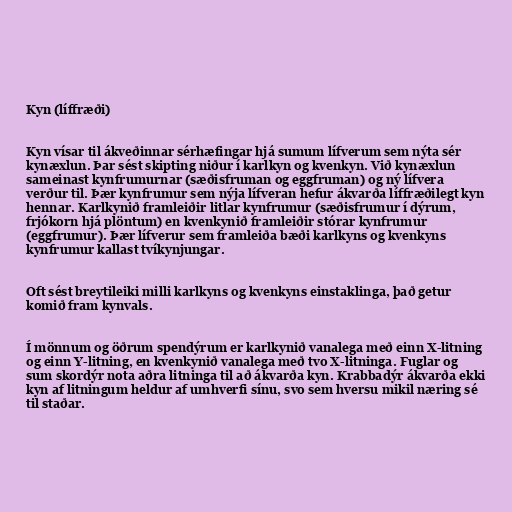
Kyn (líffræði)

Kyn vísar til ákveðinnar sérhæfingar hjá sumum lífverum sem nýta sér
kynæxlun. Þar sést skipting niður í karlkyn og kvenkyn. Við kynæxlun
sameinast kynfrumurnar (sæðisfruman og eggfruman) og ný lífvera
verður til. Þær kynfrumur sem nýja lífveran hefur ákvarða líffræðilegt kyn
hennar. Karlkynið framleiðir litlar kynfrumur (sæðisfrumur í dýrum,
frjókorn hjá plöntum) en kvenkynið framleiðir stórar kynfrumur
(eggfrumur). Þær lífverur sem framleiða bæði karlkyns og kvenkyns
kynfrumur kallast tvíkynjungar.

Oft sést breytileiki milli karlkyns og kvenkyns einstaklinga, það getur
komið fram kynvals.

Í mönnum og öðrum spendýrum er karlkynið vanalega með einn X-litning
og einn Y-litning, en kvenkynið vanalega með tvo X-litninga. Fuglar og
sum skordýr nota aðra litninga til að ákvarða kyn. Krabbadýr ákvarða ekki
kyn af litningum heldur af umhverfi sínu, svo sem hversu mikil næring sé
til staðar.